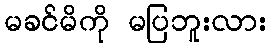
မခင်မိကို မပြဘူးလား